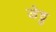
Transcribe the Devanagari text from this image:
जेठ्ठ